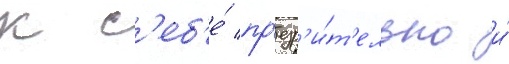
к с'еб'е́ пр'езр'и́т'ельно и́